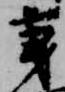
秉